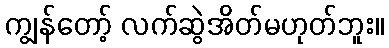
ကျွန်တော့် လက်ဆွဲအိတ်မဟုတ်ဘူး။